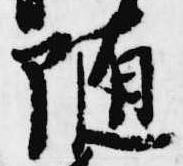
随